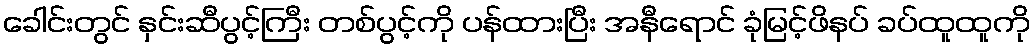
ခေါင်းတွင် နှင်းဆီပွင့်ကြီး တစ်ပွင့်ကို ပန်ထားပြီး အနီရောင် ခုံမြင့်ဖိနပ် ခပ်ထူထူကို